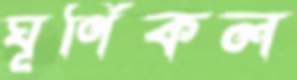
ঘূর্ণিকল